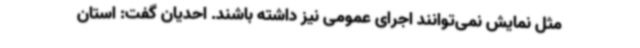
مثل نمایش نمی‌توانند اجرای عمومی نیز داشته باشند. احدیان گفت: استان